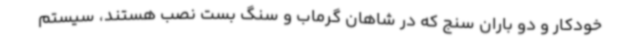
خودکار و دو باران‌ سنج که در شاهان گرماب و سنگ بست نصب هستند، سیستم